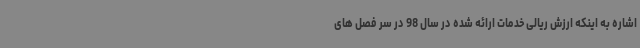
اشاره به اینکه ارزش ریالی خدمات ارائه شده در سال 98 در سر فصل های